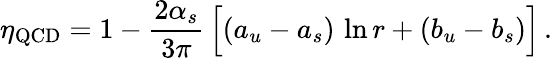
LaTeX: \eta_{\mathrm{QCD}}=1-{\frac{2\alpha_{s}}{3\pi}}\, \Big[(a_{u}-a_{s})\, \ln r+(b_{u}-b_{s})\Big]\, .